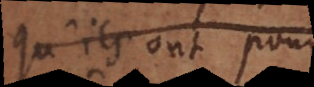
qu’ils ont pour